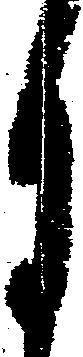
月